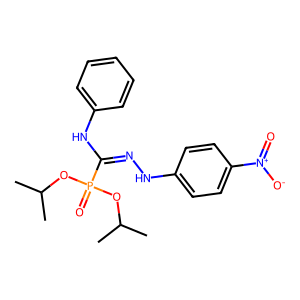
SMILES: CC(C)OP(=O)(OC(C)C)C(=NNc1ccc([N+](=O)[O-])cc1)Nc1ccccc1
Inhibits HIV replication: No